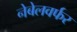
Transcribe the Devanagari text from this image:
नेबेलवर्फर